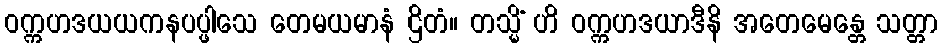
ဝက္ကဟဒယယကနပပ္ဖါသေ တေမယမာနံ ဌိတံ။ တသ္မိံ ဟိ ဝက္ကဟဒယာဒီနိ အတေမေန္တေ သတ္တာ